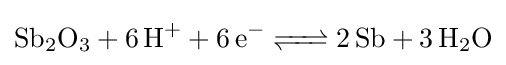
{\ce {Sb2O3 + 6 H+ + 6 e- <=> 2Sb + 3 H2O}}